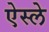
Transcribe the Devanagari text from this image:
ऐस्ले